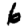
Digit: 6